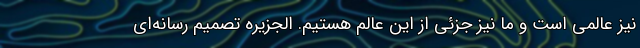
نیز عالمی است و ما نیز جزئی از این عالم هستیم. الجزیره تصمیم رسانه‌ای